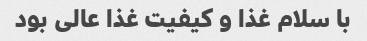
با سلام غذا و کیفیت غذا عالی بود